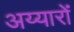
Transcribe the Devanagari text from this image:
अय्यारों